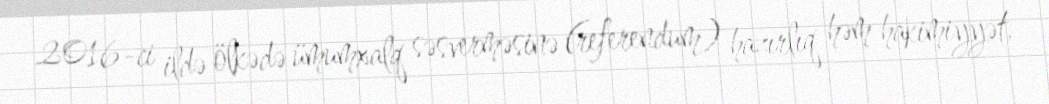
2016-ci ildə ölkədə ümumxalq səsverməsinə (referendum) hazırlıq həm hakimiyyət,